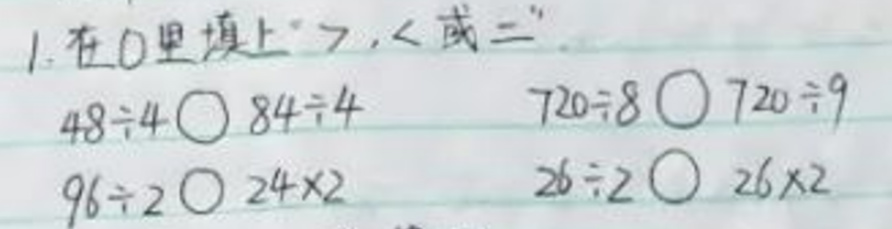
1. 在\(〇\)里填上“\(>\)、\(<\)或\(=\)”。

\(48\div4〇84\div4\)

\(720\div8〇720\div9\)

\(96\div2〇24\times2\)

\(26\div2〇26\times2\)